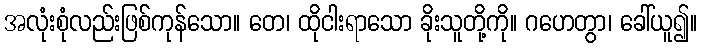
အလုံးစုံလည်းဖြစ်ကုန်သော။ တေ၊ ထိုငါးရာသော ခိုးသူတို့ကို။ ဂဟေတွာ၊ ခေါ်ယူ၍။